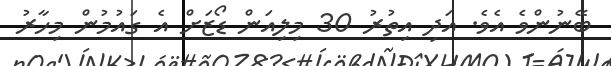
ބޭނުންވެ އެވެ. އަދި އިތުރު 30 މިލިއަން ޑޯޒަށް އެ ގައުމުން މިހާރު